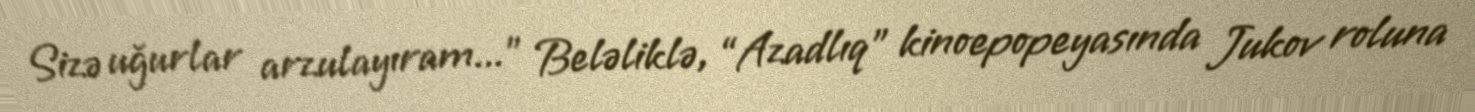
Sizə uğurlar arzulayıram...” Beləliklə, “Azadlıq” kinoepopeyasında Jukov roluna